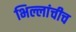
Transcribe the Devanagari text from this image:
भिल्लांचीच